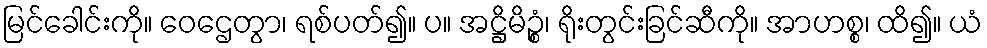
မြင်ခေါင်းကို။ ဝေဌေတွာ၊ ရစ်ပတ်၍။ ပ။ အဋ္ဌိမိဉ္စံ၊ ရိုးတွင်းခြင်ဆီကို။ အာဟစ္စ၊ ထိ၍။ ယံ